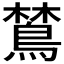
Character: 𬷞